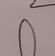
Signature authenticity: genuine